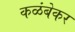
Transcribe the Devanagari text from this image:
कळंबेकर